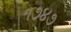
૧૭૪૭